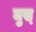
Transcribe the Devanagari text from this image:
मुख्